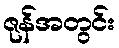
ဇုန်အတွင်း